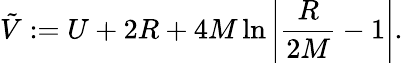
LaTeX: \tilde{V}:=U+2R+4M\ln\left|\frac{R}{2M}-1\right|.